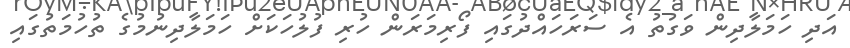
އަދި ހަމަލާދިން ވަގުތު އެ ސަރަހައްދުގައި ފޯރިމަރަން ހުރި ފުލުހަކަށް ހަމަލާދިނުމުގެ ތުހުމަތުގައި